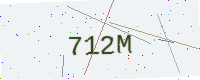
Text: 712M